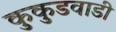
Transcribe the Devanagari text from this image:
कुकुडवाडी